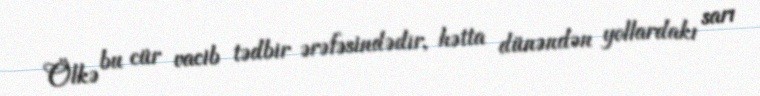
Ölkə bu cür vacib tədbir ərəfəsindədir, hətta dünəndən yollardakı sarı